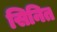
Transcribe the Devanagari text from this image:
सिनित